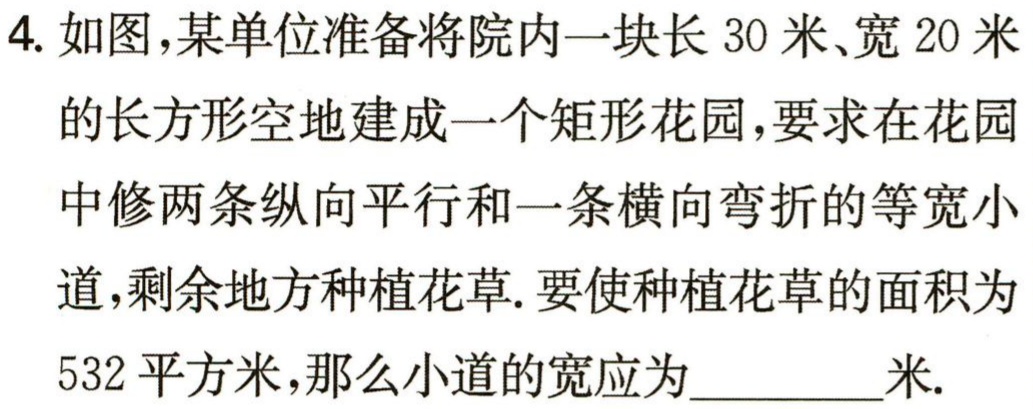
4. 如图，某单位准备将院内一块长 30 米、宽 20 米
的长方形空地建成一个矩形花园，要求在花园
中修两条纵向平行和一条横向弯折的等宽小
道，剩余地方种植花草. 要使种植花草的面积为
532 平方米，那么小道的宽应为__________米.